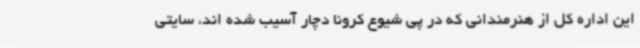
این اداره کل از هنرمندانی که در پی شیوع کرونا دچار آسیب شده اند، سایتی